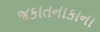
જકાતનાકાના